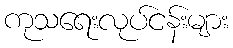
ကုသရေးလုပ်ငန်းများ